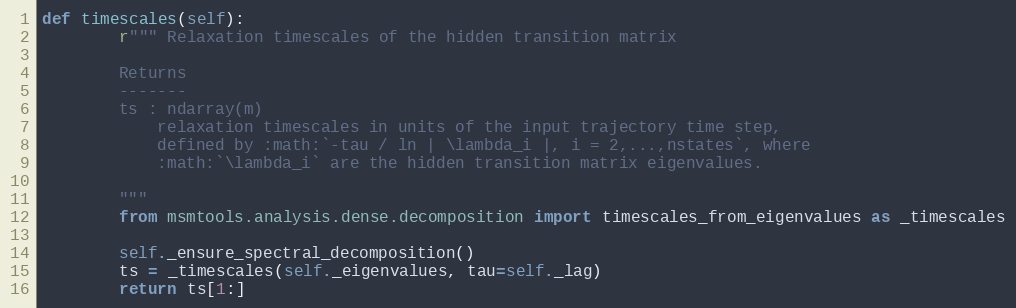
Language: Python
def timescales(self):
        r""" Relaxation timescales of the hidden transition matrix

        Returns
        -------
        ts : ndarray(m)
            relaxation timescales in units of the input trajectory time step,
            defined by :math:`-tau / ln | \lambda_i |, i = 2,...,nstates`, where
            :math:`\lambda_i` are the hidden transition matrix eigenvalues.

        """
        from msmtools.analysis.dense.decomposition import timescales_from_eigenvalues as _timescales

        self._ensure_spectral_decomposition()
        ts = _timescales(self._eigenvalues, tau=self._lag)
        return ts[1:]